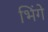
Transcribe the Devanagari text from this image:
भिंगे